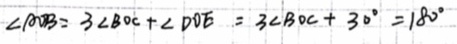
\angle A O B + 3 \angle B O C + \angle D O E = 3 \angle B O C + 3 0 ^ { \circ } = 1 8 0 ^ { \circ }